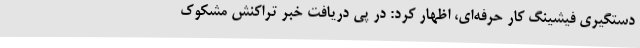
دستگیری فیشینگ کار حرفه‌ای، اظهار کرد: در پی دریافت خبر تراکنش مشکوک